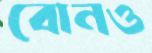
বোনও